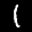
Label: 1